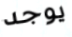
يوجد